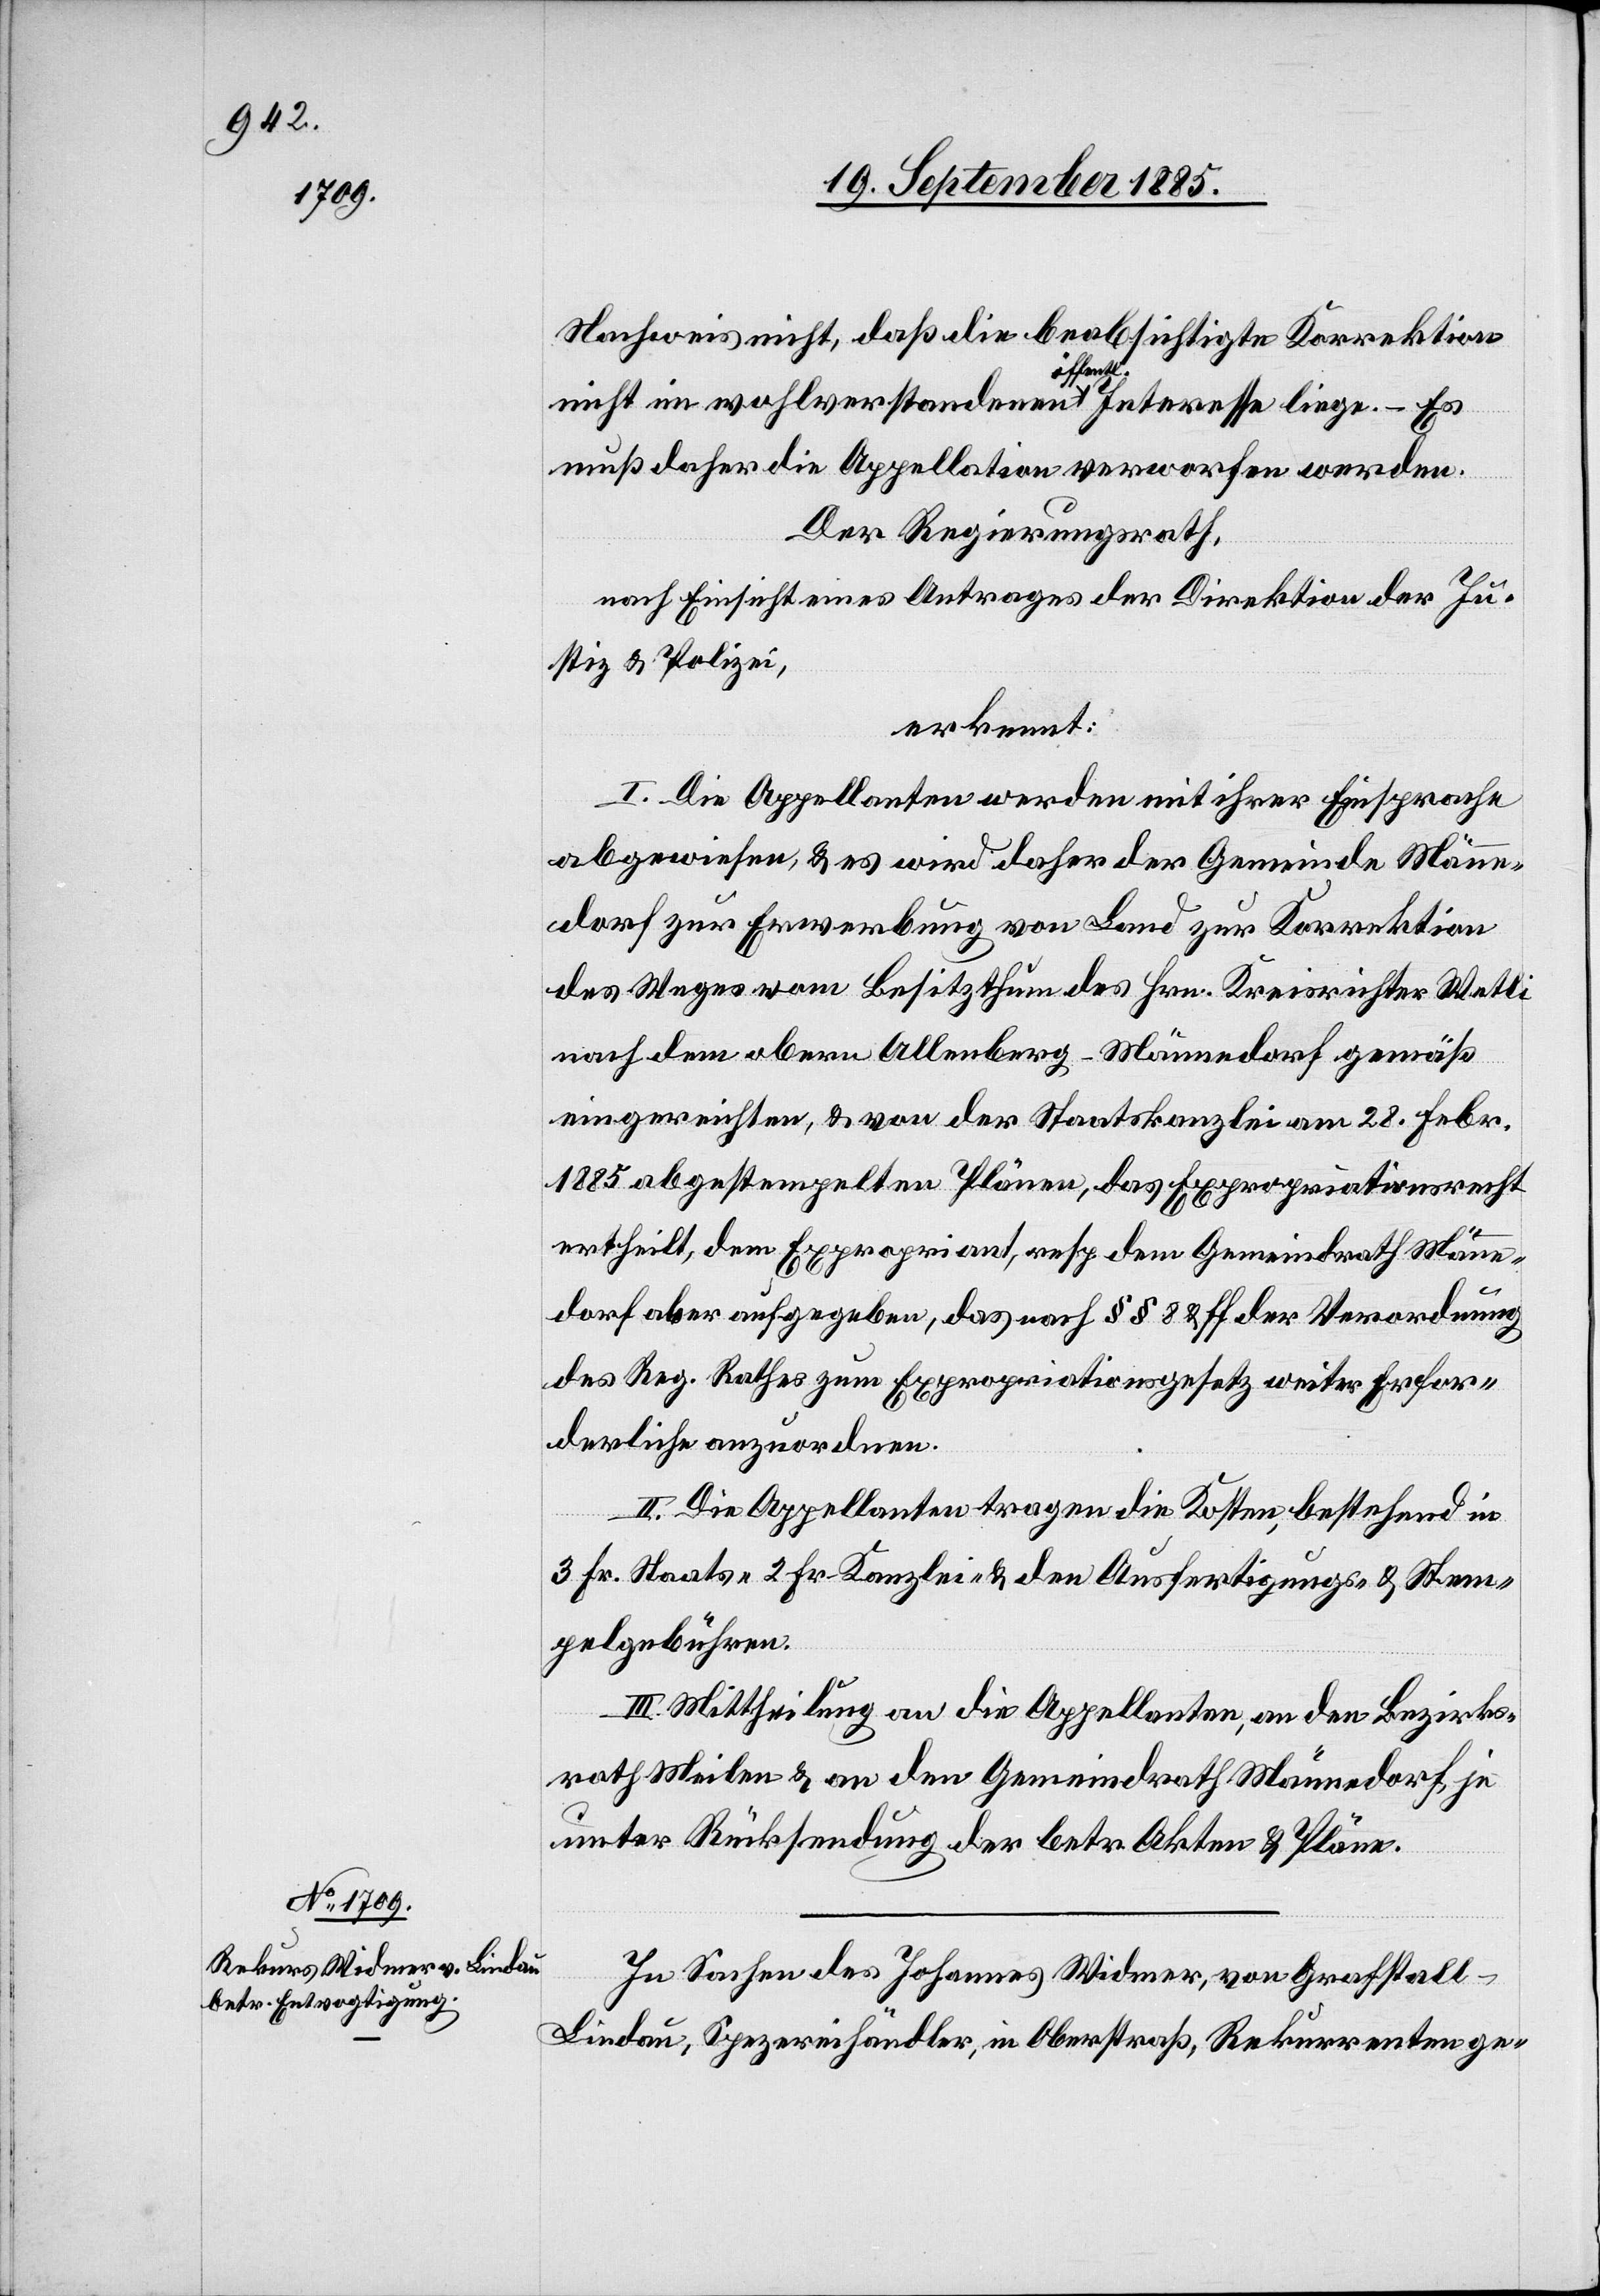
Nachweis nicht, daß die beabsichtigte Korrektion
nicht im wohlverstandenen öffentl. Interesse liege. – Es
muß daher die Appellation verworfen werden.
Der Regierungsrath,
nach Einsicht eines Antrages der Direktion der Ju¬
stiz & Polizei,
erkennt:
I. Die Appellanten werden mit ihrer Einsprache
abgewiesen, & es wird daher der Gemeinde Männe¬
dorf zur Erwerbung von Land zur Korrektion
des Weges vom Besitzthum des Hrn. Kreisrichter Wetli
nach dem obern Allenberg - Männedorf gemäß
eingereichten, & von der Staatskanzlei am 28. Febr.
1885 abgestempelten Plänen, das Expropriationsrecht
ertheilt, dem Expropriant, resp. dem Gemeindrath Männe¬
dorf aber aufgegeben, das nach §§ 8 & ff. der Verordnung
des Reg. Rathes zum Expropriationsgesetz weiter Erfor¬
derliche anzuordnen.
II. Die Appellanten tragen die Kosten, bestehend in
3 Fr. Staats- 2 Fr. Kanzlei- & den Ausfertigungs- & Stem¬
pelgebühren.
III. Mittheilung an die Appellanten, an den Bezirks¬
rath Meilen & an den Gemeindrath Männedorf je
unter Rücksendung der betr. Akten & Pläne.
In Sachen des Johannes Widmer, von Grafstall
Lindau, Spezereihändler, in Oberstraß, Rekurrenten ge-